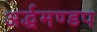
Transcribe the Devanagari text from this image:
अर्द्धमण्डप